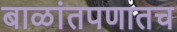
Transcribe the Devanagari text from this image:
बाळांतपणातच